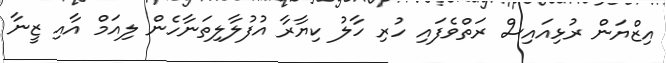
އިޒްޔަން ރުޅިއައިސް ރަތްވެފައި ހުރި ހާލު ކިޔާރާ އުފުލާލިތަނާހެން ލިއަމް އާއި ޒީނާ